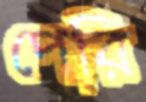
পেরি